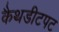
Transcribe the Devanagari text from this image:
कैथडीटपट